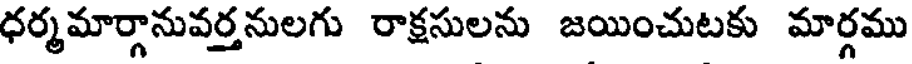
ధర్మమార్గానువర్తనులగు రాక్షసులను జయించుటకు మార్గము